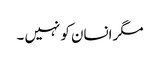
مگر انسان کو نہیں ۔